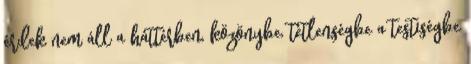
érdek nem áll a háttérben, közönybe, tétlenségbe a testiségbe